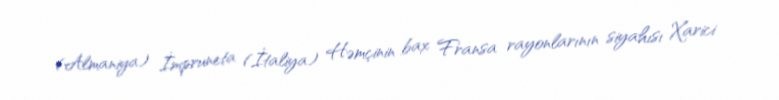
(Almaniya) İmpruneta (İtaliya) Həmçinin bax Fransa rayonlarının siyahısı Xarici